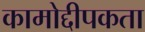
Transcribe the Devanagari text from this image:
कामोद्दीपकता